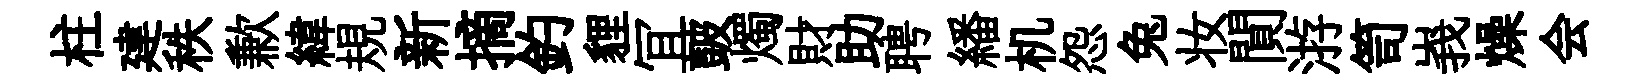
柱建秩歉緯規新摘釣貍冝皷燭財助聘繙机怨兔妆閴㳺笥峩燥会